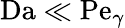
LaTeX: \mathrm{Da}\ll\mathrm{Pe}_{\gamma}